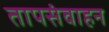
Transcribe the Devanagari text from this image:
तापसंवाहन